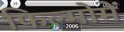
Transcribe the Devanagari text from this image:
फिल्मोमें